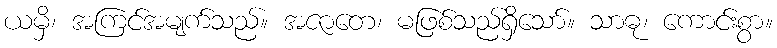
ယမှိ၊ အကြင်အမျက်သည်။ အဇာတေ၊ မဖြစ်သည်ရှိသော်။ သာဓု၊ ကောင်းစွာ။